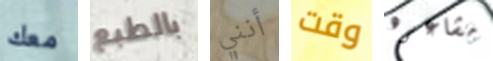
معك بالطبع أنني وقت مشاعره